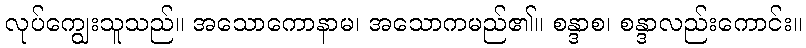
လုပ်ကျွေးသူသည်။ အသောကောနာမ၊ အသောကမည်၏။ စန္ဒာစ၊ စန္ဒာလည်းကောင်း။